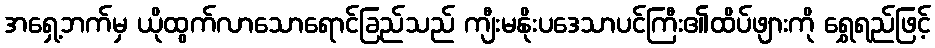
အရှေ့ဘက်မှ ယိုထွက်လာသောရောင်ခြည်သည် ကျီးမနိုးပဒေသာပင်ကြီး၏ထိပ်ဖျားကို ရွှေရည်ဖြင့်